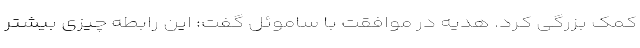
کمک بزرگی کرد. هدیه در موافقت با ساموئل گفت: این رابطه چیزی بیشتر